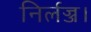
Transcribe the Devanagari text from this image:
निर्लज्ज।